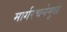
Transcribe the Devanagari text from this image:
मार्गरचनेमुळे